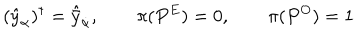
( \hat { y } _ { \alpha } ) ^ { \dagger } = \hat { \bar { y } } _ { \dot { \alpha } } , \qquad \pi ( P ^ { E } ) = 0 , \qquad \pi ( P ^ { O } ) = 1 \,